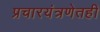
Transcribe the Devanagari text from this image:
प्रचारयंत्रणेतही